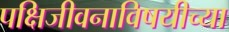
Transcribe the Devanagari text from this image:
पक्षिजीवनाविषयीच्या